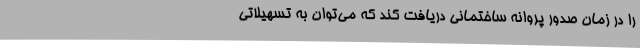
را در زمان صدور پروانه ساختمانی دریافت کند که می‌توان به تسهیلاتی